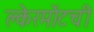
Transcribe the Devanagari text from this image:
क्लेरमोंटची